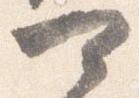
可